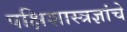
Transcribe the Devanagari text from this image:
पक्षिशास्त्रज्ञांचे